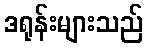
ဒရုန်းများသည်